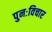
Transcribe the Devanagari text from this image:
पुनःविचार